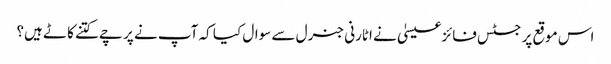
اس موقع پر جسٹس فائزعیسیٰ نے اٹارنی جنرل سے سوال کیا کہ آپ نے پرچے کتنے کاٹے ہیں؟